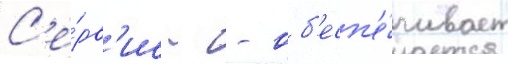
С'е́рв'ис - - об'есп'е́чивает